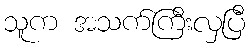
သူက အသက်ကြီးလှပြီ